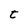
Character: t